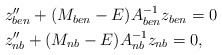
\begin{align*} \begin{aligned} & z''_{ben} +(M_{ben}-E)A_{ben}^{-1} z_{ben}=0 \\ & z''_{nb} +(M_{nb}-E) A_{nb}^{-1} z_{nb}=0,\end{aligned}\end{align*}